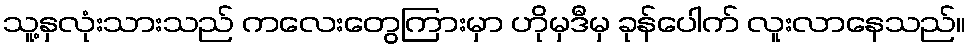
သူ့နှလုံးသားသည် ကလေးတွေကြားမှာ ဟိုမှဒီမှ ခုန်ပေါက် လူးလာနေသည်။